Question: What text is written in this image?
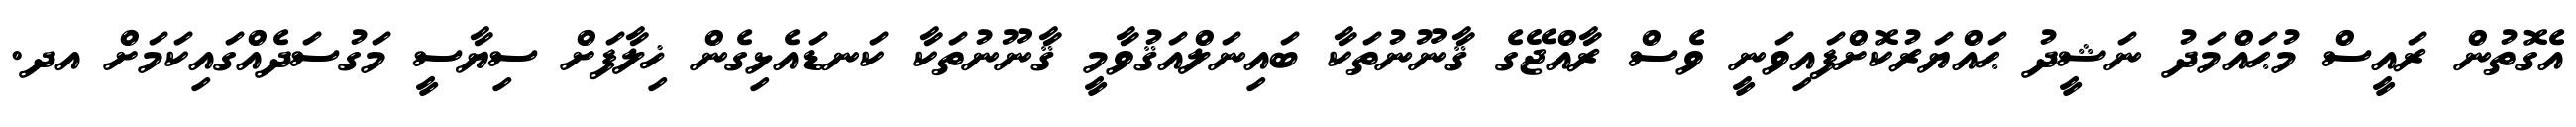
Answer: އެގޮތުން ރައީސް މުޙައްމަދު ނަޝީދު ޙައްޔަރުކޮށްފައިވަނީ ވެސް ރާއްޖޭގެ ޤާނޫނުތަކާ ބައިނަލްއަޤުވާމީ ޤާނޫނުތަކާ ކަނޑައެޅިގެން ޚިލާފަށް ސިޔާސީ މަގުސަދެއްގައިކަމަށް އދ.